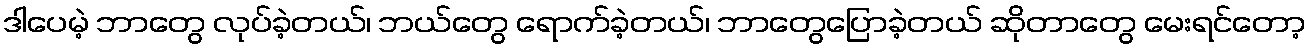
ဒါပေမဲ့ ဘာတွေ လုပ်ခဲ့တယ်၊ ဘယ်တွေ ရောက်ခဲ့တယ်၊ ဘာတွေပြောခဲ့တယ် ဆိုတာတွေ မေးရင်တော့